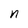
Character: n